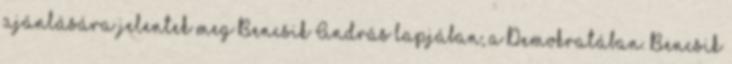
ajánlá­sá­ra jelentek meg Bencsik András lapjában, a De­mokratában. Ben­csik